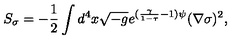
S _ { \sigma } = - \frac { 1 } { 2 } \int d ^ { 4 } x \sqrt { - g } e ^ { ( \frac { \gamma } { 1 - \tau } - 1 ) \psi } ( \nabla \sigma ) ^ { 2 } ,